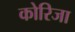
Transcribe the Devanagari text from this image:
कोरिजा